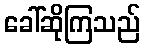
ခေါ်ဆိုကြသည်